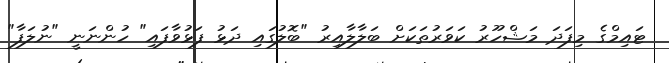
ޓައިމްގެ މިފަދަ މަޝްހޫރު ކަވަރުތަކަށް ބަލާލާއިރު "ބޮލުގައި ދަޅު ފަޅުވާފައި" ހުންނަނީ "ނުލަފާ"